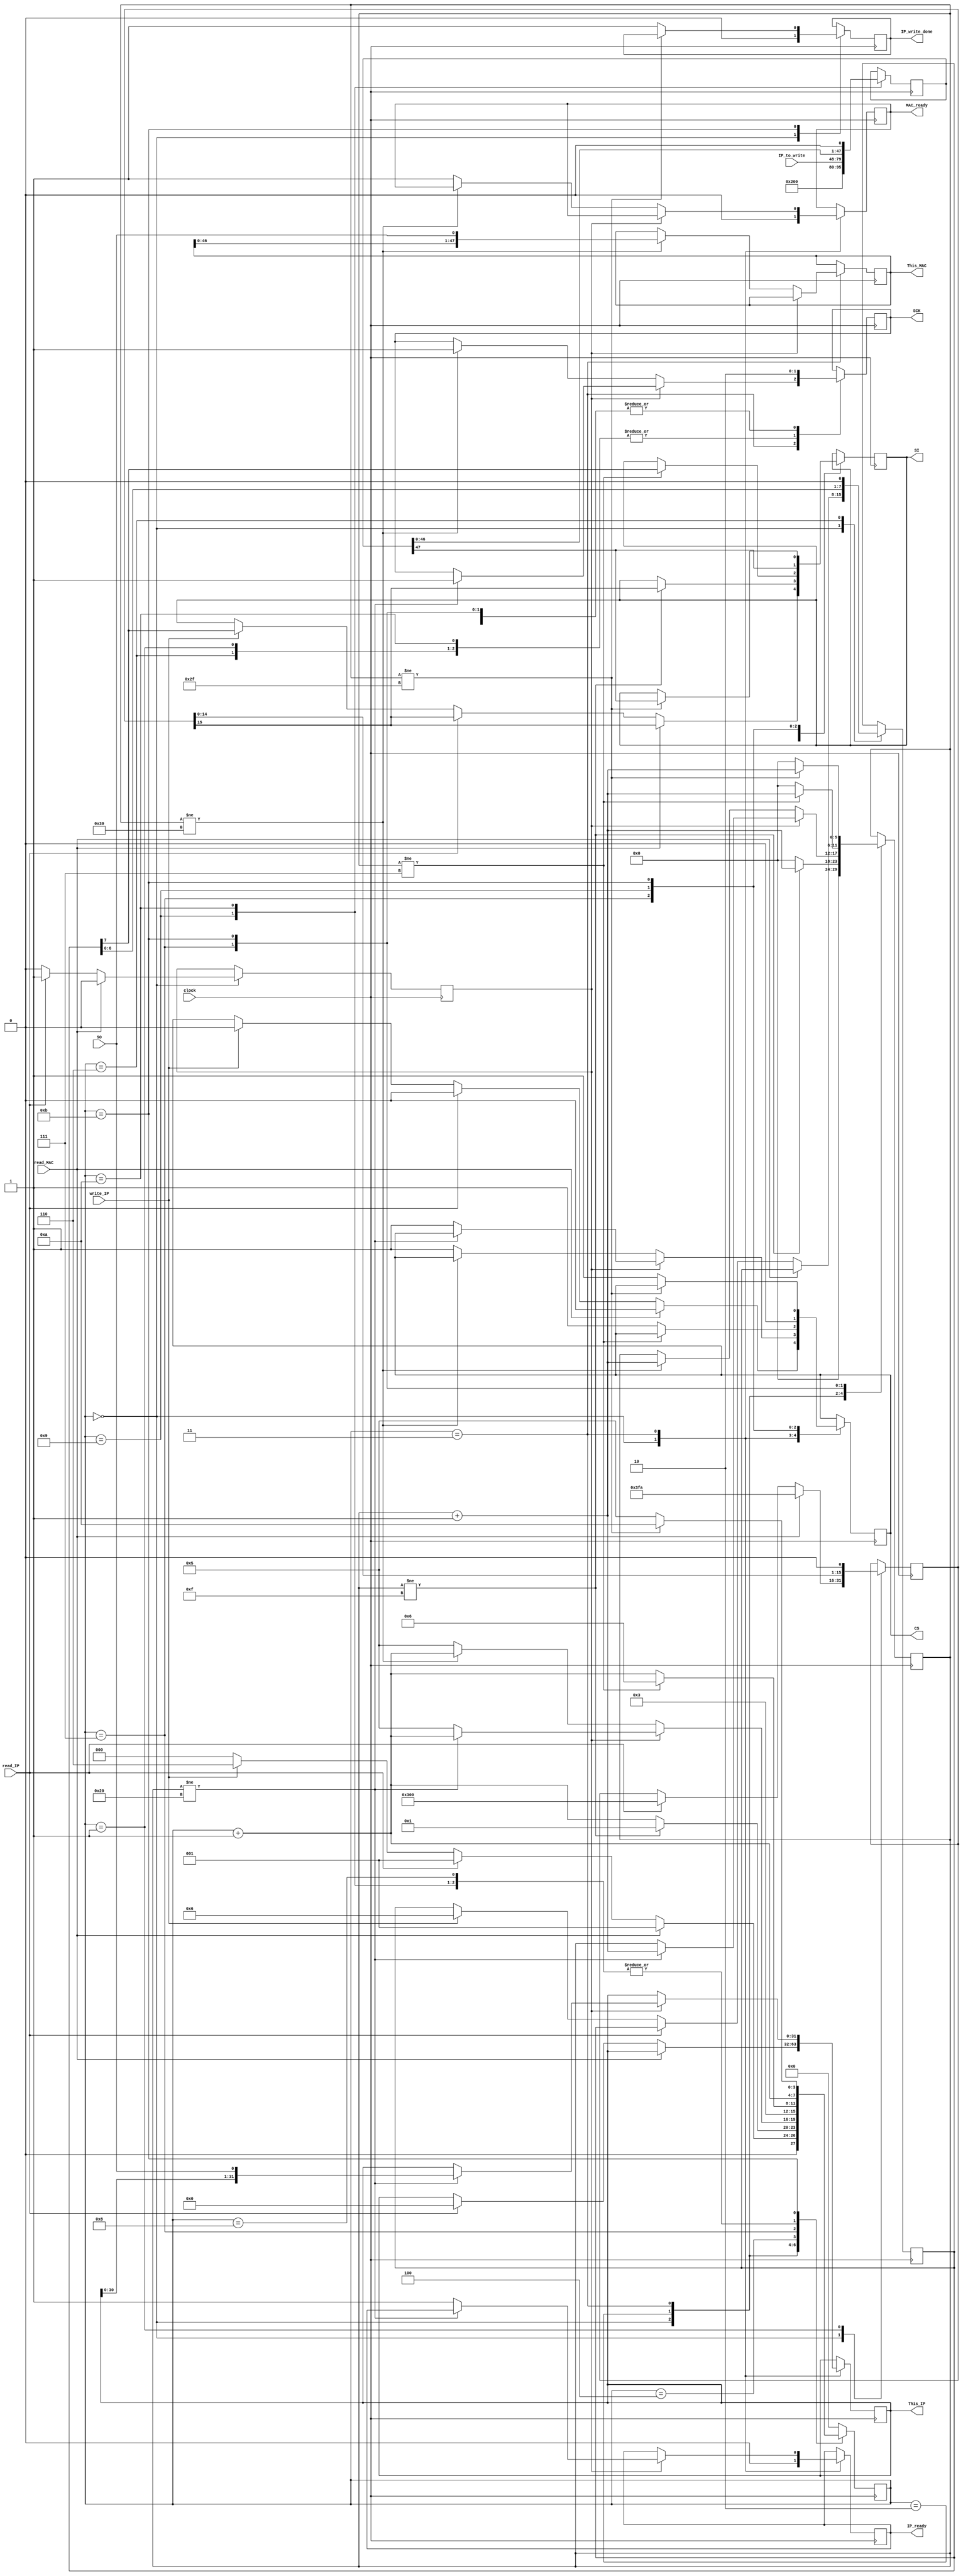
//
//  HPSDR - High Performance Software Defined Radio
//
//  BootLoader code. 
//
//  This program is free software; you can redistribute it and/or modify
//  it under the terms of the GNU General Public License as published by
//  the Free Software Foundation; either version 2 of the License, or
//  (at your option) any later version.
//
//  This program is distributed in the hope that it will be useful,
//  but WITHOUT ANY WARRANTY; without even the implied warranty of
//  MERCHANTABILITY or FITNESS FOR A PARTICULAR PURPOSE.  See the
//  GNU General Public License for more details.
//
//  You should have received a copy of the GNU General Public License
//  along with this program; if not, write to the Free Software
//  Foundation, Inc., 59 Temple Place, Suite 330, Boston, MA  02111-1307  USA


//  EEPROM - copyright 2010, 2011, 2012 Phil Harman VK6APH 

//  2102 Dec 27 - Fixed bug that caused incorrect MAC address to be read




// EEPROM read module. Clock is max of 10MHz to give 5MHz SCK

/*
	The data at address 0xFA to 0xFF of the 25AA02E48 contains
	the MAC address to be used by this board. Once the initial address is set it 
	auto-increments.
	
	
	Waveforms:
	
			   +-------+
	read   ----+       +-----------------------------------------------------------------------------------------------------------
	
			--------+																									   		  +------
	CS			    +--------------------------------------------------------------------------------------------  ||		 -----+
	
						0   0   1   2   3   4   5   6   7   8   9  10  11  12  13  14   0   1   2   3   4   5   6   7      ----- 48   
					   +-+ +-+ +-+ +-+ +-+ +-+ +-+ +-+ +-+ +-+ +-+ +-+ +-+ +-+ +-+ +-+ +-+ +-+ +-+ +-+ +-+ +-+ +-+ +-+   
	SCK     -----------+ +-+ +-+ +-+ +-+ +-+ +-+ +-+ +-+ +-+ +-+ +-+ +-+ +-+ +-+ +-+ +-+ +-+ +-+ +-+ +-+ +-+ +-+ +-+ +-+
	
	SI      --------+----+---+---+---+---+---+---+---+---+---+---+---+---+---+---+---+---+---+---+---+---+---+---+---+---+
					| 0	 | 0 | 0 | 0 | 0 | 0 | 1 | 1 |A7 |A6 |A5 |A4 |A3 |A2 |A1 |A0 |   |   |   |   |   |   |   |   |   |
			--------+----+---+---+---+---+---+---+---+---+---+---+---+---+---+---+---+---+---+---+---+---+---+---+---+---+  
					<--------read instruction-------><---------address--------------->
																			 		 +---+---+---+---+---+---+---+---+---+
	SO																				 |D7 |D6 |D5 |D4 |D3 |D2 |D1 |D0 | Next byte follows
			-------------------------------------------------------------------------+---+---+---+---+---+---+---+---+---+
																					 <-----------data out------------------------> 
																															     +-----------	
	ready   ---------------------------------------------------------------------------------------------------------------------+
 
 
	For write operations first use Write Enable Sequence (WREN)
 
 			   +-------+
	write  ----+       +----------------------------------------
	
			--------+									 +------
	CS			    +------------------------------------+
	
					    0   1   2   3   4   5   6   7     
					   +-+ +-+ +-+ +-+ +-+ +-+ +-+ +-+ 
	SCK     -----------+ +-+ +-+ +-+ +-+ +-+ +-+ +-+ +-+--------
	
	SI      --------+----+---+---+---+---+---+---+---+
					| 0	 | 0 | 0 | 0 | 0 | 1 | 1 | 0 |
			--------+----+---+---+---+---+---+---+---+ 
					<--------------WREN-------------->
 
 
	Then write the data 

	
			--------+																									   		  +------
	CS			    +--------------------------------------------------------------------------------------------  ||		 -----+
	
						0   0   1   2   3   4   5   6   7   8   9  10  11  12  13  14   0   1   2   3   4   5   6   7      ----- 32   
					   +-+ +-+ +-+ +-+ +-+ +-+ +-+ +-+ +-+ +-+ +-+ +-+ +-+ +-+ +-+ +-+ +-+ +-+ +-+ +-+ +-+ +-+ +-+ +-+   
	SCK     -----------+ +-+ +-+ +-+ +-+ +-+ +-+ +-+ +-+ +-+ +-+ +-+ +-+ +-+ +-+ +-+ +-+ +-+ +-+ +-+ +-+ +-+ +-+ +-+ +-+
	
	SI      --------+----+---+---+---+---+---+---+---+---+---+---+---+---+---+---+---+---+---+---+---+---+---+---+---+---+
					| 0	 | 0 | 0 | 0 | 0 | 0 | 1 | 0 |A7 |A6 |A5 |A4 |A3 |A2 |A1 |A0 |D7 |D6 |D5 |D4 |D3 |D2 |D1 |D0 | Next byte
			--------+----+---+---+---+---+---+---+---+---+---+---+---+---+---+---+---+---+---+---+---+---+---+---+---+---+  
					<--------write instruction-------><---------address--------------><---------data------------------------------>

 
 	Followed by Write Disable Sequence (WRDI) *** automatically set following a Write so not required 
 
	
			--------+									 +------
	CS			    +------------------------------------+
	
					    0   1   2   3   4   5   6   7     
					   +-+ +-+ +-+ +-+ +-+ +-+ +-+ +-+ 
	SCK     -----------+ +-+ +-+ +-+ +-+ +-+ +-+ +-+ +-+--------
	
	SI      --------+----+---+---+---+---+---+---+---+
					| 0	 | 0 | 0 | 0 | 0 | 1 | 0 | 0 |
			--------+----+---+---+---+---+---+---+---+ 
					<--------------WRDI-------------->
 
 														  +-----	
	ready   ----------------------------------------------+

 
*/

module EEPROM (clock, read_MAC, read_IP, write_IP, IP_to_write, CS, SCK, SI, SO, This_MAC, This_IP, MAC_ready, IP_ready, IP_write_done);

input clock;
input SO;
input read_MAC;
input read_IP;
input write_IP;
input [31:0] IP_to_write;	// IP address to save

output CS;
output SI;
output SCK;
output [47:0]This_MAC;
output [31:0]This_IP;
output MAC_ready;
output IP_ready;
output IP_write_done;


reg CS = 1'b1;
reg SCK;
reg SI;
wire SO;
reg [5:0]shift_count;
reg [15:0]EEPROM_read; 
reg [47:0]EEPROM_write;
reg [7:0]EEPROM_write_enable;
reg [3:0]EEPROM;
reg [47:0]This_MAC;
reg [31:0]This_IP;
reg MAC_ready;					// high when we have a MAC address available
reg IP_ready;					// high when we have an IP address available
reg IP_flag;					// set when we are processing an IP request
reg IP_write_done;				// set when IP address has been written to memory

localparam	WREN = 8'h06;

always @ (posedge clock)
begin 
	case (EEPROM)
	0:	begin
		shift_count <= 0; 							// reset shift counter
		IP_flag <= 0;								// reset IP flag
		MAC_ready <= 0;								// reset ready flags
		IP_write_done <= 0;
		IP_ready  <= 0;
			if (read_MAC) begin 					// loop until we get a command
				EEPROM_read <= 16'h03FA; 			// set read address where MAC is located
				CS <= 0;
				SI <= EEPROM_read[15];
				EEPROM <= 1;
			end
			else if (read_IP) begin
				This_IP <= 0;
				EEPROM_read <= 16'h0300;			// set read address where IP is located
				CS <= 0;
				SI <= EEPROM_read[15];
				IP_flag <= 1'b1;					// indicate we are processing an IP request
				EEPROM <= 1;
			end
			else if (write_IP) begin				// write enable memeory
				EEPROM_write_enable <= WREN;		// only need 8 bits for WREN
				CS <= 0;
				SI <= EEPROM_write_enable[7];
				EEPROM <= 6;
			end 
			else EEPROM <= 0;
		end 
	// send the address out
	1:  begin
		SCK <= 1;
		EEPROM_read <= {EEPROM_read[14:0],1'b0};    // shift left for next bit
		EEPROM <= EEPROM + 1'b1;
		end 
	2:	begin
		SCK <= 0;									// toggle clock 		
			if (shift_count != 15) begin			// Count to 15 since bit 0 was available at state 0
				SI <= EEPROM_read[15];				// SI data needs to be available on negative edge of SCK
				shift_count <= shift_count + 1'b1;	
				EEPROM <= 1;
				end
			else begin
				shift_count <= 0;
				EEPROM <= EEPROM + 1'b1;   
			end 
		end 
	// now read the MAC or IP data from the EEPROM
	3:	begin 
			if (IP_flag) begin 
				if (shift_count != 32) begin 			// ++++ why does this work - should be 33? 
					This_IP <= {This_IP[30:0],SO};
					shift_count <= shift_count + 1'b1;
					EEPROM <= EEPROM + 1'b1;
					SCK <= 1'b1;
				end
				else begin
					IP_ready <= 1'b1;				// set read flag
					CS <= 1'b1;
					EEPROM <= 5;					// done so delay then back to start
				end
			end

			else if (shift_count != 48) begin 
				This_MAC <= {This_MAC[46:0],SO};
				shift_count <= shift_count + 1'b1;
				EEPROM <= EEPROM + 1'b1;
				SCK <= 1'b1;
			end
			else begin
				MAC_ready <= 1'b1;					// set ready flag
				CS <= 1'b1;							// set CS high to indicate end of command
				EEPROM <= 5;						// done so delay then back to start
			end 
		end
	// toggle clock	
	4:  begin
		SCK <= 0;
		EEPROM <= 3; 
		end 
		
	// delay so calling program has time to see ready flags, then back to start
	5:	EEPROM <= 0;
	
	
	// send WREN out
	6:  begin
		SCK <= 1;
		EEPROM_write_enable <= {EEPROM_write_enable[6:0],1'b0};    // shift left for next bit
		EEPROM <= EEPROM + 1'b1;
		end 
	7:	begin
		SCK <= 0;									// toggle clock 		
			if (shift_count != 7) begin				// Count to 7 since bit 0 was available at state 0
				SI <= EEPROM_write_enable[7];		// SI data needs to be available on negative edge of SCK
				shift_count <= shift_count + 1'b1;	
				EEPROM <= 6;
				end
			else begin
				shift_count <= 0;					// reset shift count for next state
				CS <= 1'b1;							// set CS high to indicate end of command
				EEPROM <= EEPROM + 1'b1;   
			end 
		end 
	// leave CS high for a bit longer	
	8:	EEPROM <= EEPROM + 1'b1;
	
	// write IP address to memory
	9: 	begin
		EEPROM_write <= {16'h0200,IP_to_write};		// set write command, address where IP is located and IP address to write
		CS <= 0;
		SI <= EEPROM_write[47];
		EEPROM <= EEPROM + 1'b1;
		end
		
	10:  begin
		SCK <= 1;
		EEPROM_write <= {EEPROM_write[46:0],1'b0};    // shift left for next bit
		EEPROM <= EEPROM + 1'b1;
		end
		 
	11:	begin 
		SCK <= 0;									// toggle clock		
			if (shift_count != 47) begin			// Count to 47 since bit 0 was available at state 8
				SI <= EEPROM_write[47];				// SI data needs to be available on negative edge of SCK
				shift_count <= shift_count + 1'b1;	
				EEPROM <= 10;
				end
			else begin
				shift_count <= 0;
				CS <= 1'b1;							// set CS high to indicate end of command
				IP_write_done <= 1'b1;				// set write done flag
				EEPROM <= 5; // EEPROM + 1'b1;   
			end 
		end 	

	
	
	default: EEPROM <= 0; 
 endcase
 end 

 
 endmodule